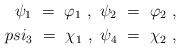
LaTeX: \begin{align*}\psi_1 \ =\ \varphi_1 \ ,\ \psi_2 \ =\ \varphi_2 \ ,\\psi_3 \ =\ \chi_1 \ ,\ \psi_4 \ =\ \chi_2 \ ,\end{align*}